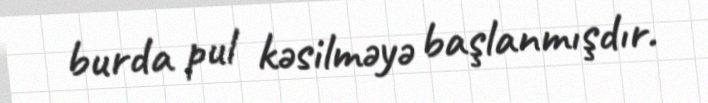
burda pul kəsilməyə başlanmışdır.